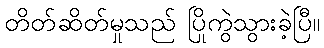
တိတ်ဆိတ်မှုသည် ပြိုကွဲသွားခဲ့ပြီ။